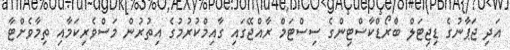
އަދި ޖަޕާނުގެ ޑިޖިޓަލް ބްރޯޑްކާސްޓިންގެ ސިސްޓަމް ރާއްޖޭގައި ގާއިމްކުރުމުގެ އިތުރުން މަސްވެރިކަމާއި ތިމާވެށްޓާ